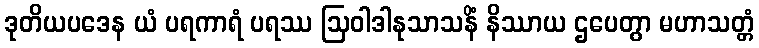
ဒုတိယပဒေန ယံ ပရကာရံ ပရဿ ဩဝါဒါနုသာသနိံ နိဿာယ ဌပေတွာ မဟာသတ္တံ